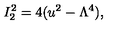
I _ { 2 } ^ { 2 } = 4 ( u ^ { 2 } - \Lambda ^ { 4 } ) ,